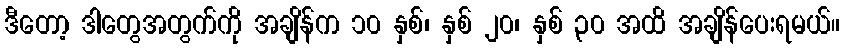
ဒီတော့ ဒါတွေအတွက်ကို အချိန်က ၁၀ နှစ်၊ နှစ် ၂၀၊ နှစ် ၃၀ အထိ အချိန်ပေးရမယ်။